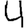
Digit: 4